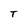
Character: T